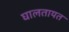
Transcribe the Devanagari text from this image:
घालतायत